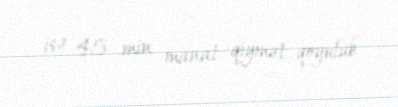
isə 45 min manat qiymət qoyulub.